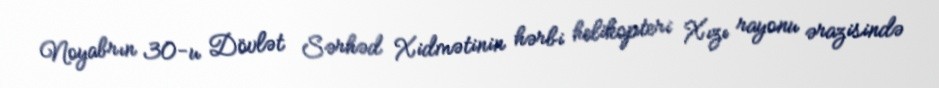
Noyabrın 30-u Dövlət Sərhəd Xidmətinin hərbi helikopteri Xızı rayonu ərazisində